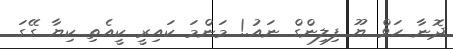
ދޮނާ ހަވް ޔޫ ފިލިންގް ނައު.! މަންމަ ކައިރީ ކީއެތި ކިޔާ ގޭގަ